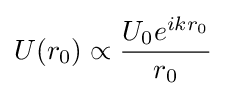
U(r_{0})\propto {\frac {U_{0}e^{ikr_{0}}}{r_{0}}}